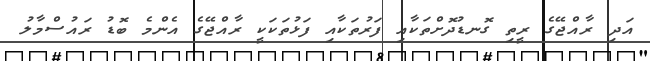
އަދި ރާއްޖޭގެ ރީތި ގޮނޑުދޮށްތަކާއި ފަރުތަކާއި ފަޅުތަކަކީ ރާއްޖޭގެ އެންމެ ބޮޑު ރައުސްމާލު